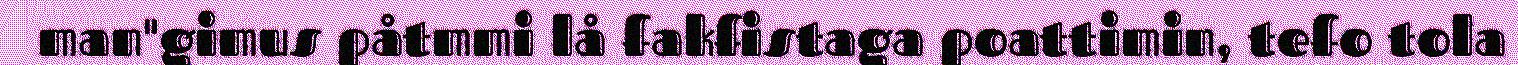
man"gimus påtmmi lå fakfistaga poattimin, tefo tola